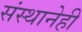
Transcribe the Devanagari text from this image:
संस्थानेही